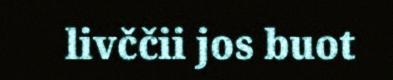
livččii jos buot